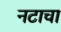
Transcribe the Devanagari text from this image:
नटाचा